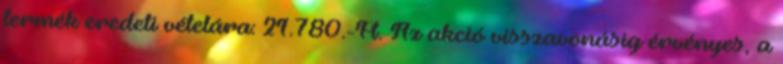
termék eredeti vételára: 21.780.-Ft. Az akció visszavonásig érvényes, a